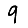
Digit: 9